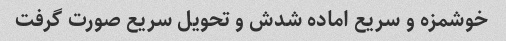
خوشمزه و سریع اماده شدش و تحویل سریع صورت گرفت